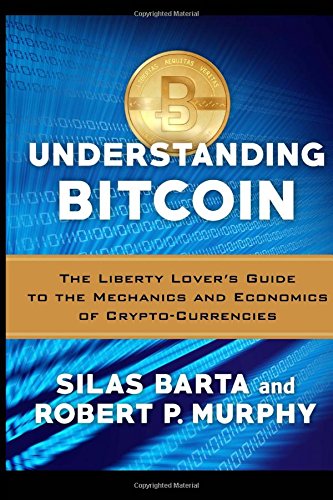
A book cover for Understanding Bitcoin: The Liberty Lover's Guide to the Mechanics & Economics of Crypto-Currencies; Robert P. Murphy; Business & Money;